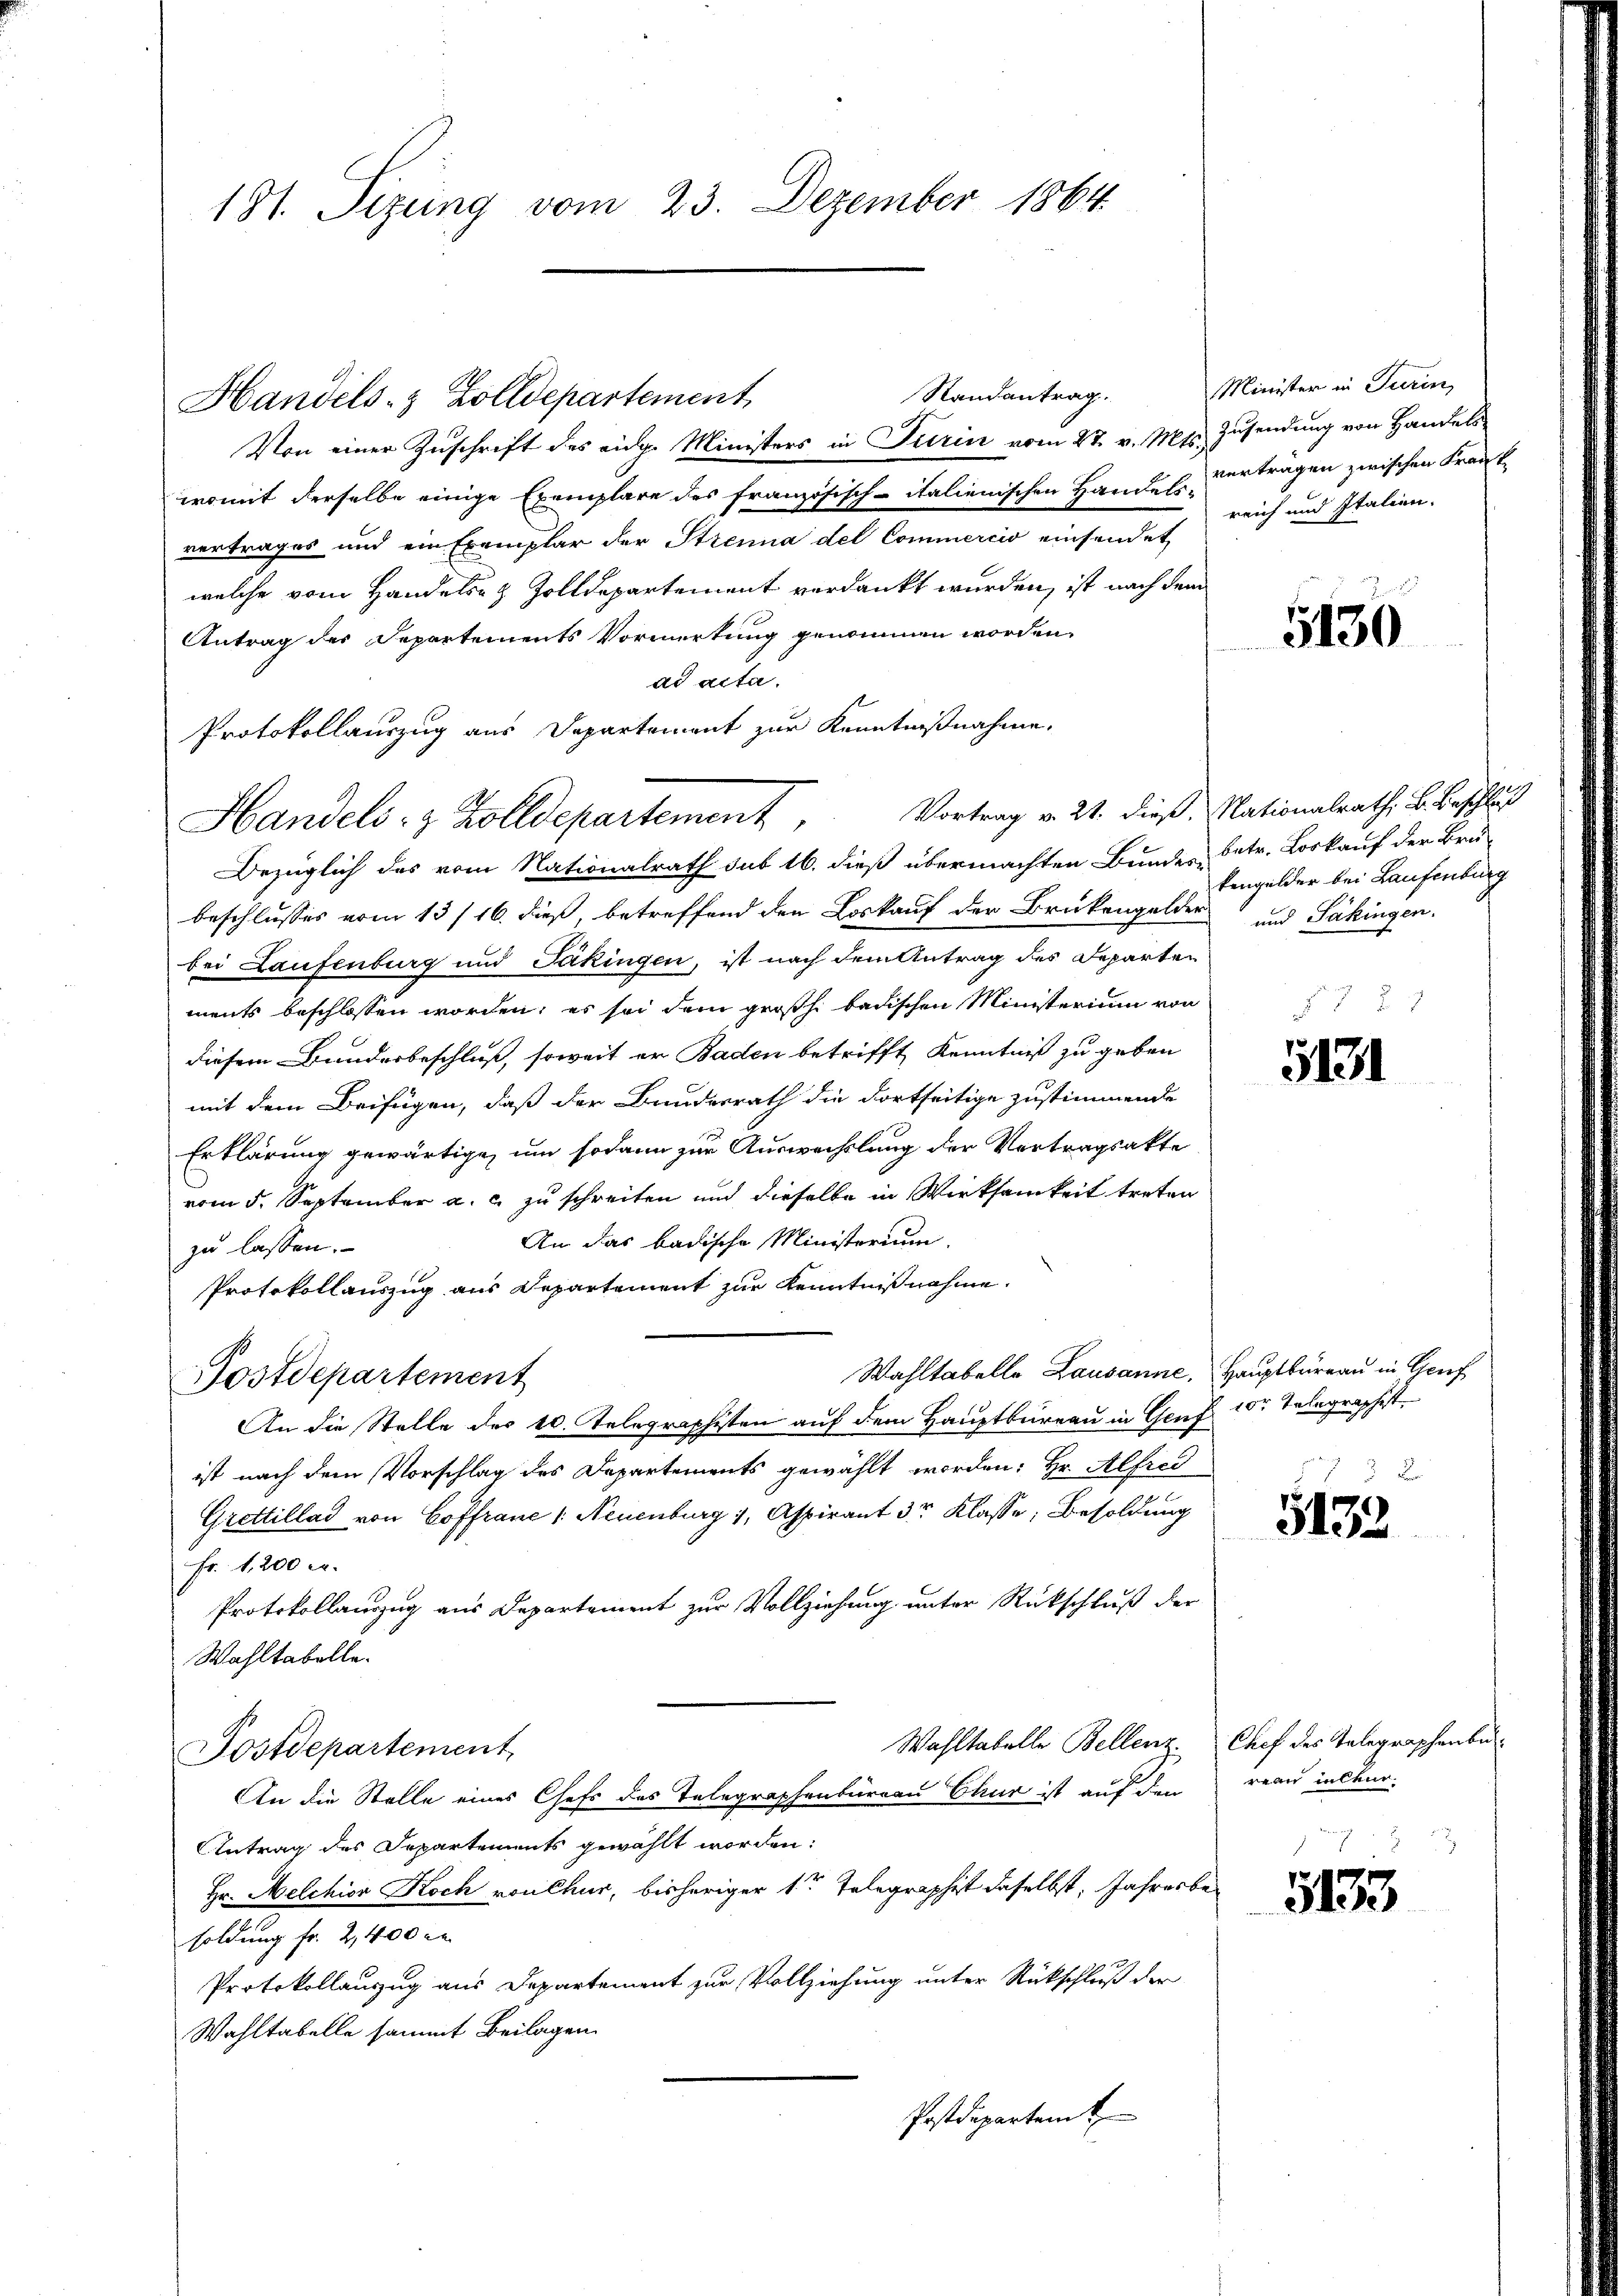
181. Sizung vom 23. Dezember 1864.

Minister in Turin,
1
reich und Italien.

Handels- & Zolldepartement,

Randantrag.
Von einer Zuschrift des eidg. Ministers in Turin vom 27. v. Mts. Zusendung von Handels
womit derselbe einige Exemplare des französisch-italienischen Handel verträgen zwischen Frank
vertrages und ein Exemplar der Strenna del Commercio einsendet
welche vom Handels- & Zolldepartement verdankt wurden, ist nach dem
Antrag des Departements Vormerkung genommen worden.
ad acta.
Protokollauszug aus Departement zur Kenntnißnahme.
Bezüglich des vom Nationalrath sub 16. dieß übermachten Bundes betr. Loskauf der Brü-
beschlusses vom 13/16. dieß, betreffend den Loskauf der Brükengolder und Säkingen.
bei Laufenburg und Jakingen, ist nach dem Antrag des Departen
ments beschlossen worden, es sei dem großh. badischen Ministerium von
diesem Bunderbeschluß, soweit er Baden betrifft, Kenntniß zu geben
mit dem Beifügen, daß der Bundesrath die dortseitige zustimmende
Erklärung gewärtige, um sodann zur Auswechslung der Vertragsakte
vom 5. September a. c. zu schreiten und dieselbe in Wirksamkeit treten
An das badische Ministerium
zu lassen.
Protokollauszug aus Departement zur Kenntnißnahme.
Wahltabelle Lausanne, Hauptbureau in Genf
Postdepartement
An die Stelle der 10. Telegraphisten auf dem Hauptbureau in Genf 10. Telegraphist
ist nach dem Vorschlag des Departements gewählt worden: Hr. Alfred
Grettillad von Hoffrane /: Neuenburg 1, Aspirant 3r Klasse, Besoldung
Fr. 1200 c.
Protokollauszug aus Departement zur Vollziehung unter Rückschluß der
Wahltabelle.
Wahltabelle Bellenz Chef des Telegraphenbur
Postdepartement
An die Stelle eines Chefs des Telegraphenburgau Chur ist auf den reau incaur-
Antrag des Departements gewählt worden:
Hr. Melchior Koch von Chur, bisheriger 1te Telegraphist daselbst, Jahresbesoldung fr. 2,400 l.
Protokollanzug aus Departement zur Vollziehung unter Rückschluß der
Wahltabelle sammt Beilagen.
Postdepartamt

5130

kengelder bei Laufenburg

Handels- & Zolldepartement, Vortrag v. 21. dieß, Nationalrath, B. Beschluß

5131

5133

5133